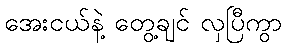
အေးငယ်နဲ့ တွေ့ချင် လှပြီကွာ